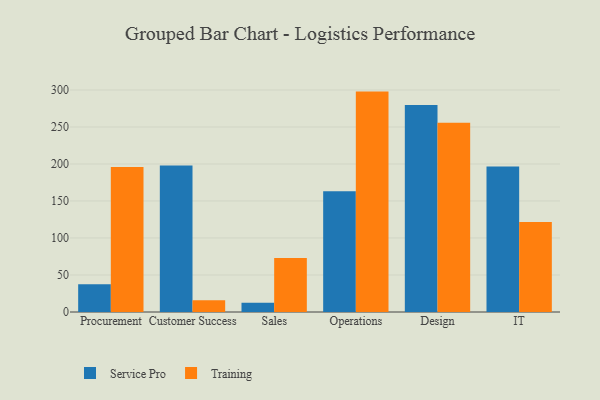
{"axis": {"x": "Department", "y": "Headcount"}, "legend": ["Service Pro", "Training"], "data": [{"x": "Procurement", "y": 37.4, "type": "Service Pro"}, {"x": "Procurement", "y": 196.0, "type": "Training"}, {"x": "Customer Success", "y": 197.9, "type": "Service Pro"}, {"x": "Customer Success", "y": 15.9, "type": "Training"}, {"x": "Sales", "y": 12.5, "type": "Service Pro"}, {"x": "Sales", "y": 73.0, "type": "Training"}, {"x": "Operations", "y": 163.2, "type": "Service Pro"}, {"x": "Operations", "y": 297.8, "type": "Training"}, {"x": "Design", "y": 279.8, "type": "Service Pro"}, {"x": "Design", "y": 255.6, "type": "Training"}, {"x": "IT", "y": 196.5, "type": "Service Pro"}, {"x": "IT", "y": 121.6, "type": "Training"}]}